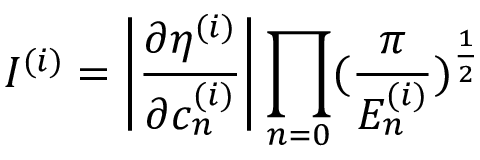
I ^ { ( i ) } = \left| \frac { \partial \eta ^ { ( i ) } } { \partial c _ { n } ^ { ( i ) } } \right| \prod _ { n = 0 } ( \frac { \pi } { E _ { n } ^ { ( i ) } } ) ^ { \frac { 1 } { 2 } }